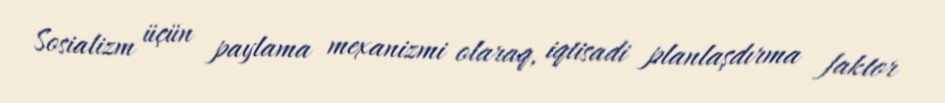
Sosializm üçün paylama mexanizmi olaraq, iqtisadi planlaşdırma faktor